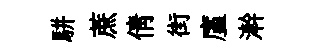
駢蔗倩街廑澣